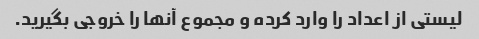
لیستی از اعداد را وارد کرده و مجموع آنها را خروجی بگیرید.